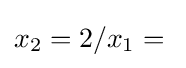
x_{2}=2/x_{1}={}